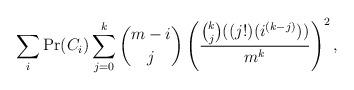
LaTeX: \begin{align*}\sum_{i} \mbox{Pr}(C_{i}) \sum_{j = 0}^{k} \binom {m - i}{j} \left(\frac{\binom {k}{j}((j!)(i^{(k-j)}))}{m^{k}}\right)^{2},\end{align*}